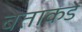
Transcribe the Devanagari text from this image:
बेताकडे